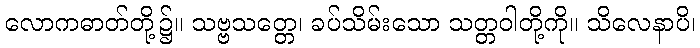
လောကဓာတ်တို့၌။ သဗ္ဗသတ္တေ၊ ခပ်သိမ်းသော သတ္တဝါတို့ကို။ သိလေနာပိ၊